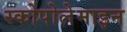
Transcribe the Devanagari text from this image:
स्कोपोलेमाइन